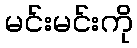
မင်းမင်းကို